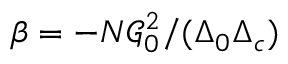
\beta = - N \mathcal { G } _ { 0 } ^ { 2 } / ( \Delta _ { 0 } \Delta _ { c } )